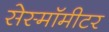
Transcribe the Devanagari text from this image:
सेस्मॉमीटर